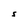
Character: S